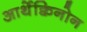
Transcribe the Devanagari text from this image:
आर्थेक्विनोन